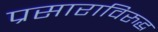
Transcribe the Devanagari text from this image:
प्रसाराविरुद्ध